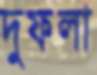
দুফলা